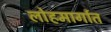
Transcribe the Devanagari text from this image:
लोहमार्गात